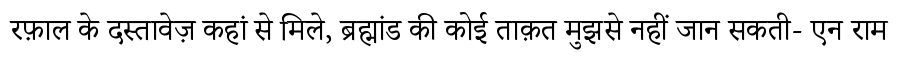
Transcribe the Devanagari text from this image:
रफ़ाल के दस्तावेज़ कहां से मिले, ब्रह्मांड की कोई ताक़त मुझसे नहीं जान सकती- एन राम